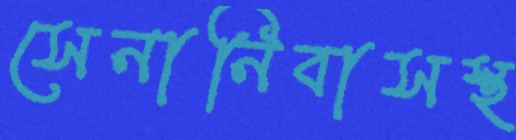
সেনানিবাসস্থ